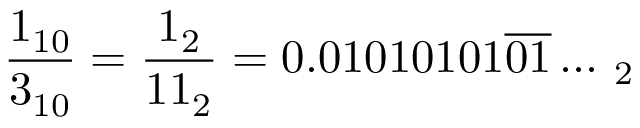
{ \frac { 1 _ { 1 0 } } { 3 _ { 1 0 } } } = { \frac { 1 _ { 2 } } { 1 1 _ { 2 } } } = 0 . 0 1 0 1 0 1 0 1 { \overline { { 0 1 } } } \ldots \, _ { 2 }